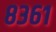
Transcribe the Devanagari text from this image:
८३६१